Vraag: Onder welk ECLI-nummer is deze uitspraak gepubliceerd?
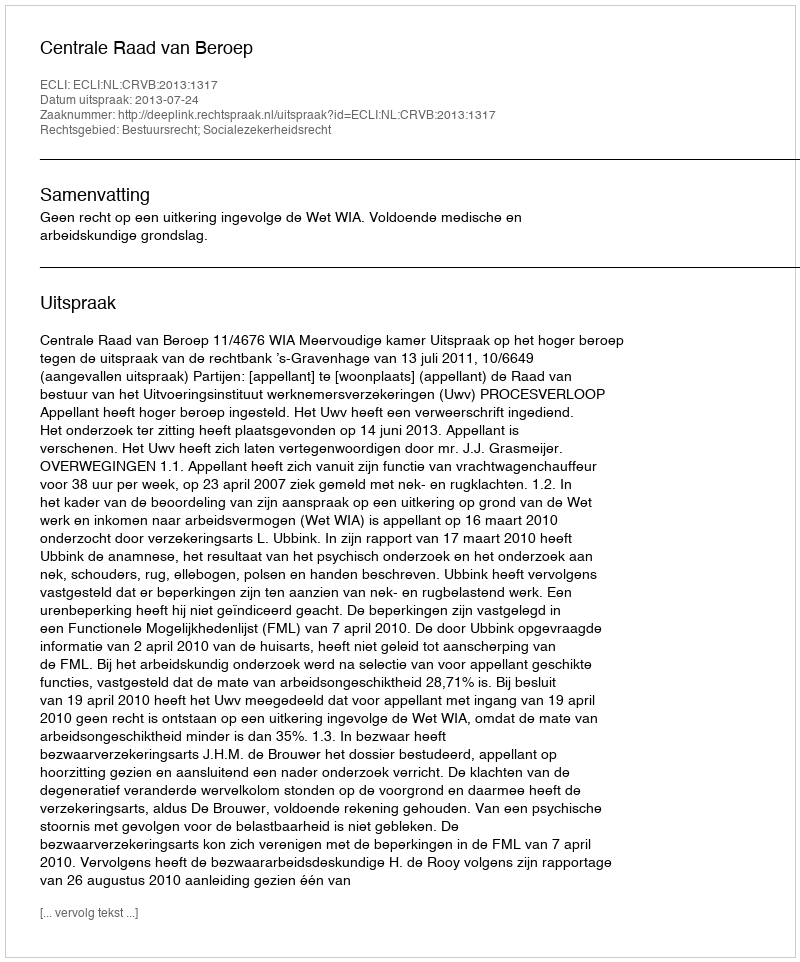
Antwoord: ECLI:NL:CRVB:2013:1317